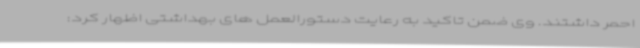
احمر داشتند. وی ضمن تاکید به رعایت دستورالعمل های بهداشتی اظهار کرد: